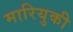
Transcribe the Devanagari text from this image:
मारियुकी